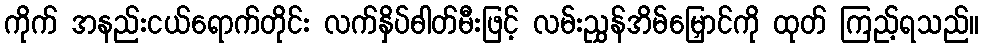
ကိုက် အနည်းငယ်ရောက်တိုင်း လက်နှိပ်ဓါတ်မီးဖြင့် လမ်းညွှန်အိမ်မြှောင်ကို ထုတ် ကြည့်ရသည်။